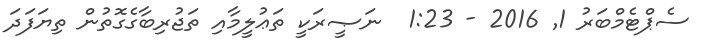
ސެޕްޓެމްބަރު 1